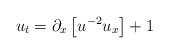
LaTeX: \begin{align*}u_t=\partial_x\left[u^{-2}u_x\right]+1\end{align*}